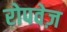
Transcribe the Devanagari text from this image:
रोपवेज़